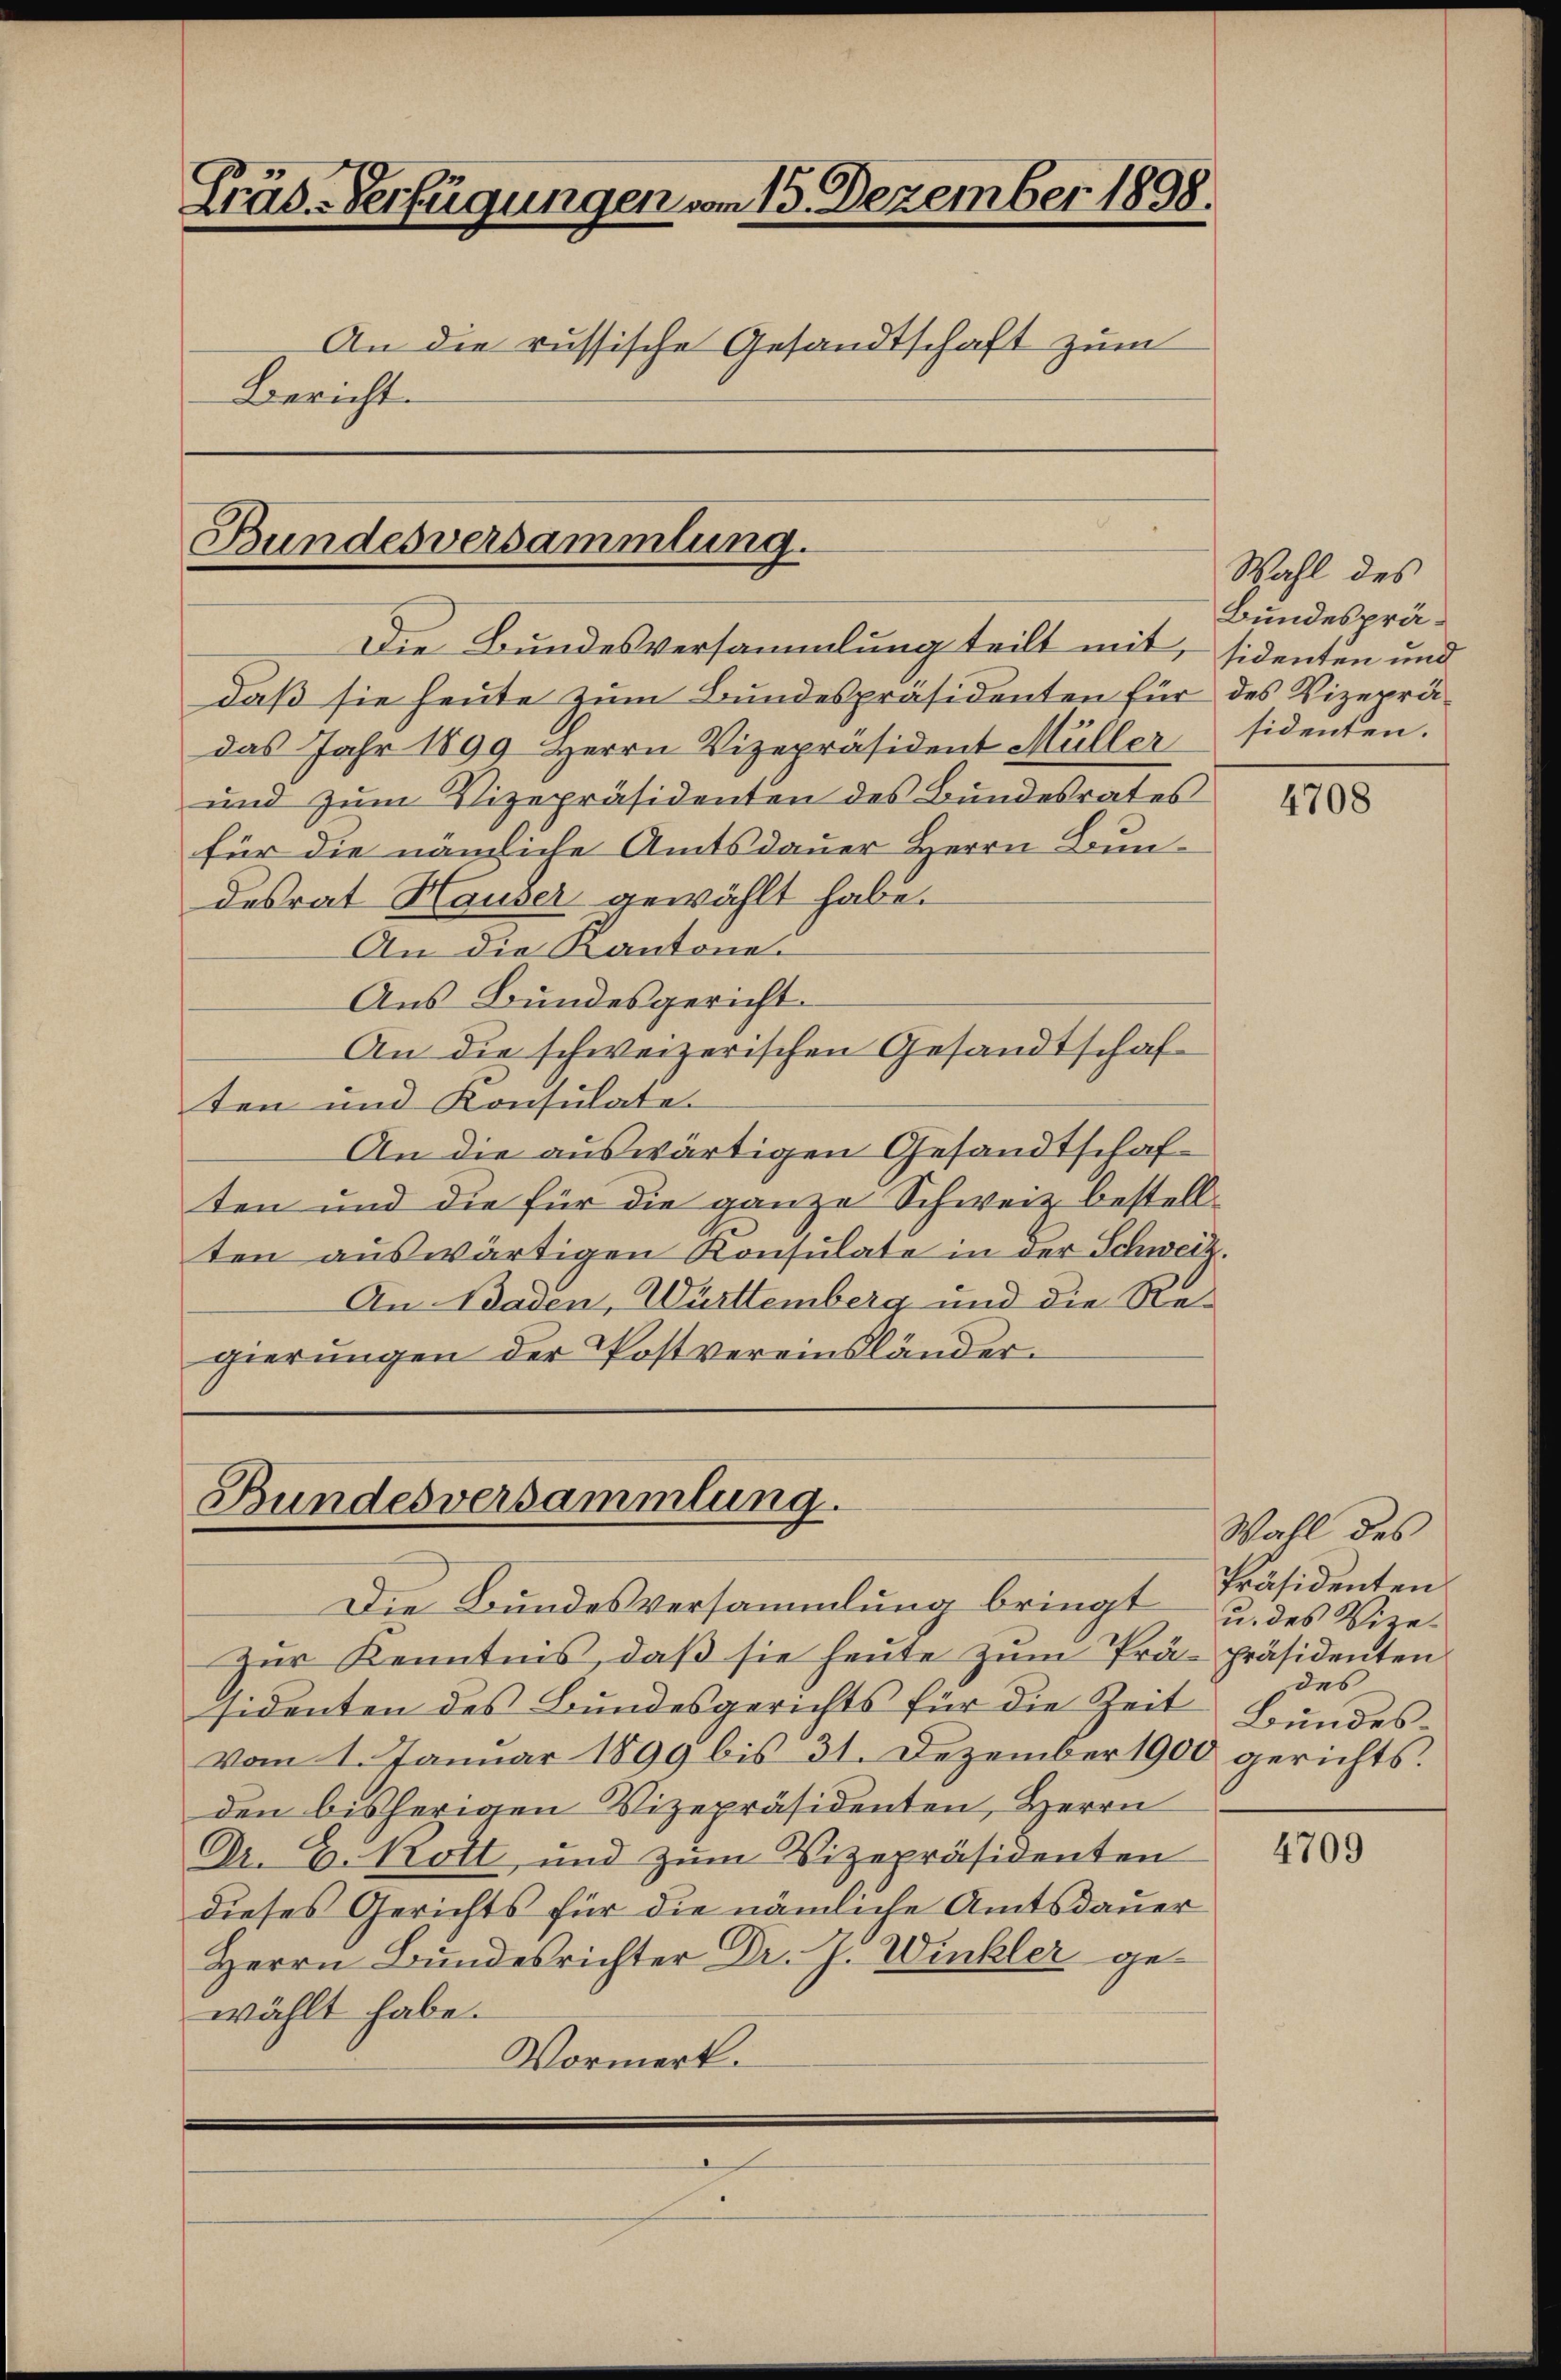
Präs.-Verfügungen vom 15. Dezember 1898.
An die russische Gesandtschaft zum
Bericht.

Bundesversammlung.

Die Bundesversammlung teilt mit, sidenten und
daß sie heute zum Bundespräsidenten für des Vizeprädas Jahr 1899 Herrn Vizepräsident Müller sidenten.
und zum Vizepräsidenten des Bundesrates
für die nämliche Amtsdauer Herrn Bundesrat Hauser gewählt habe.
An die Kantone.
Aus Bundesgericht.
An die schweizerischen Gesandtschaften und Konsulate.
An die auswärtigen Gesandtschaften und die für die ganze Schweiz bestellten aŭswärtigen Konsulate in der Schweiz.
An Baden, Württemberg und die Regierungen der Postvereinsländer

Bundesversammlung.

Wahl des
Bundesprä¬

Die Bundesversammlung bringt Präsidenten.
Zŭr Kenntnis, daβ sie heute zŭm Prä-präsidenten
sidenten des Bundesgerichts für die Zeit Bundesvom 1. Januar 1899 bis 31. Dezember 1900 gerichts.
den bisherigen Vizepräsidenten, Herrn
Dr. D. Kott, und zum Vizepräsidenten
dieses Gerichts für die nämliche Amtsdauer
Herrn Bundesrichter Dr. J. Winkler gewählt habe.
Vormerk.

4708

Wahl des
u. des Vizedes

4709